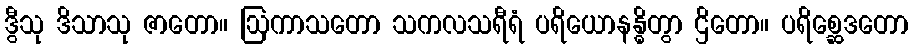
ဒွီသု ဒိသာသု ဇာတော။ ဩကာသတော သကလသရီရံ ပရိယောနန္ဓိတွာ ဌိတော။ ပရိစ္ဆေဒတော